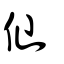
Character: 仚